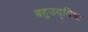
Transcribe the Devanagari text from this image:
बहुउद्दिष्ट